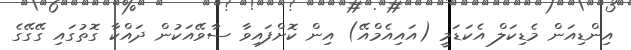
އިންޑިއަން މެޑިކަލް އެކަޑަމީ (އައިއެމްއޭ) އިން ކޮށްފައިވާ ސާވޭއަކުން ދައްކާ ގޮތުގައި ގޭގޭގެ